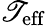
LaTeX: \mathscr{T}_{\mathrm{{eff}}}